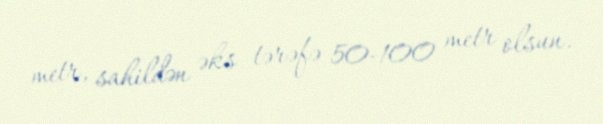
metr, sahildən əks tərəfə 50-100 metr olsun.